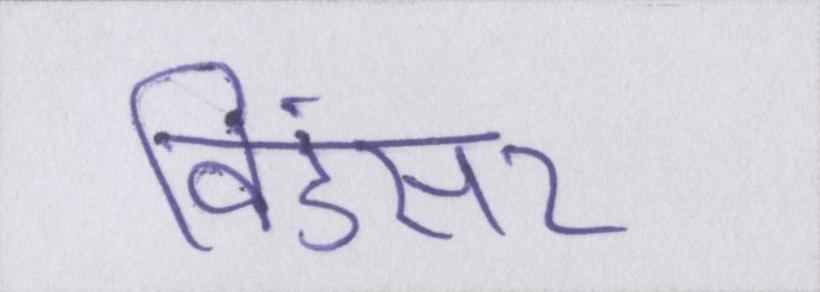
विंडसर